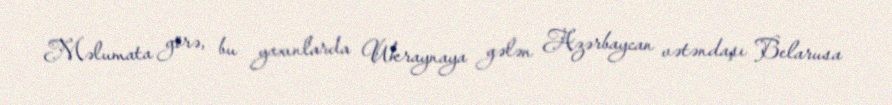
Məlumata görə, bu yaxınlarda Ukraynaya gələn Azərbaycan vətəndaşı Belarusa